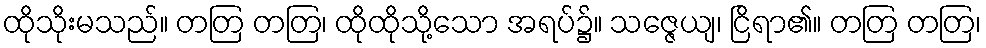
ထိုသိုးမသည်။ တတြ တတြ၊ ထိုထိုသို့သော အရပ်၌။ သဇ္ဇေယျ၊ ငြိရာ၏။ တတြ တတြ၊